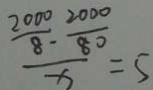
\frac { \frac { 2 0 0 0 } { 8 } - \frac { 2 0 0 0 } { 8 0 } } { x } = 5